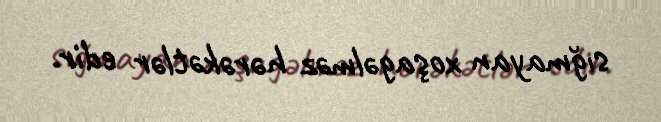
sığmayan xoşagəlməz hərəkətlər edir.